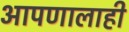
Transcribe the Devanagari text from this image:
आपणालाही